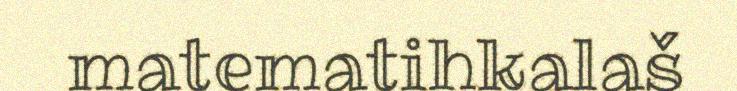
matematihkalaš